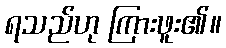
ရသည်ဟု ကြားဖူး၏။